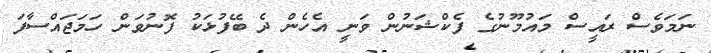
ނަމަވެސް ރައީސް މައުމޫނުގެ ފެކްޝަނުން ވަނީ އެހެން ދެ ބޭފުޅަކު ފޮނުވަން ހަމަޖައްސާފަ